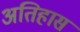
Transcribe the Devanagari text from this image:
अतिहास